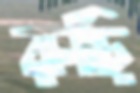
রূঢ়ি